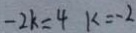
- 2 k = 4 k = - 2